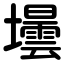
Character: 壜